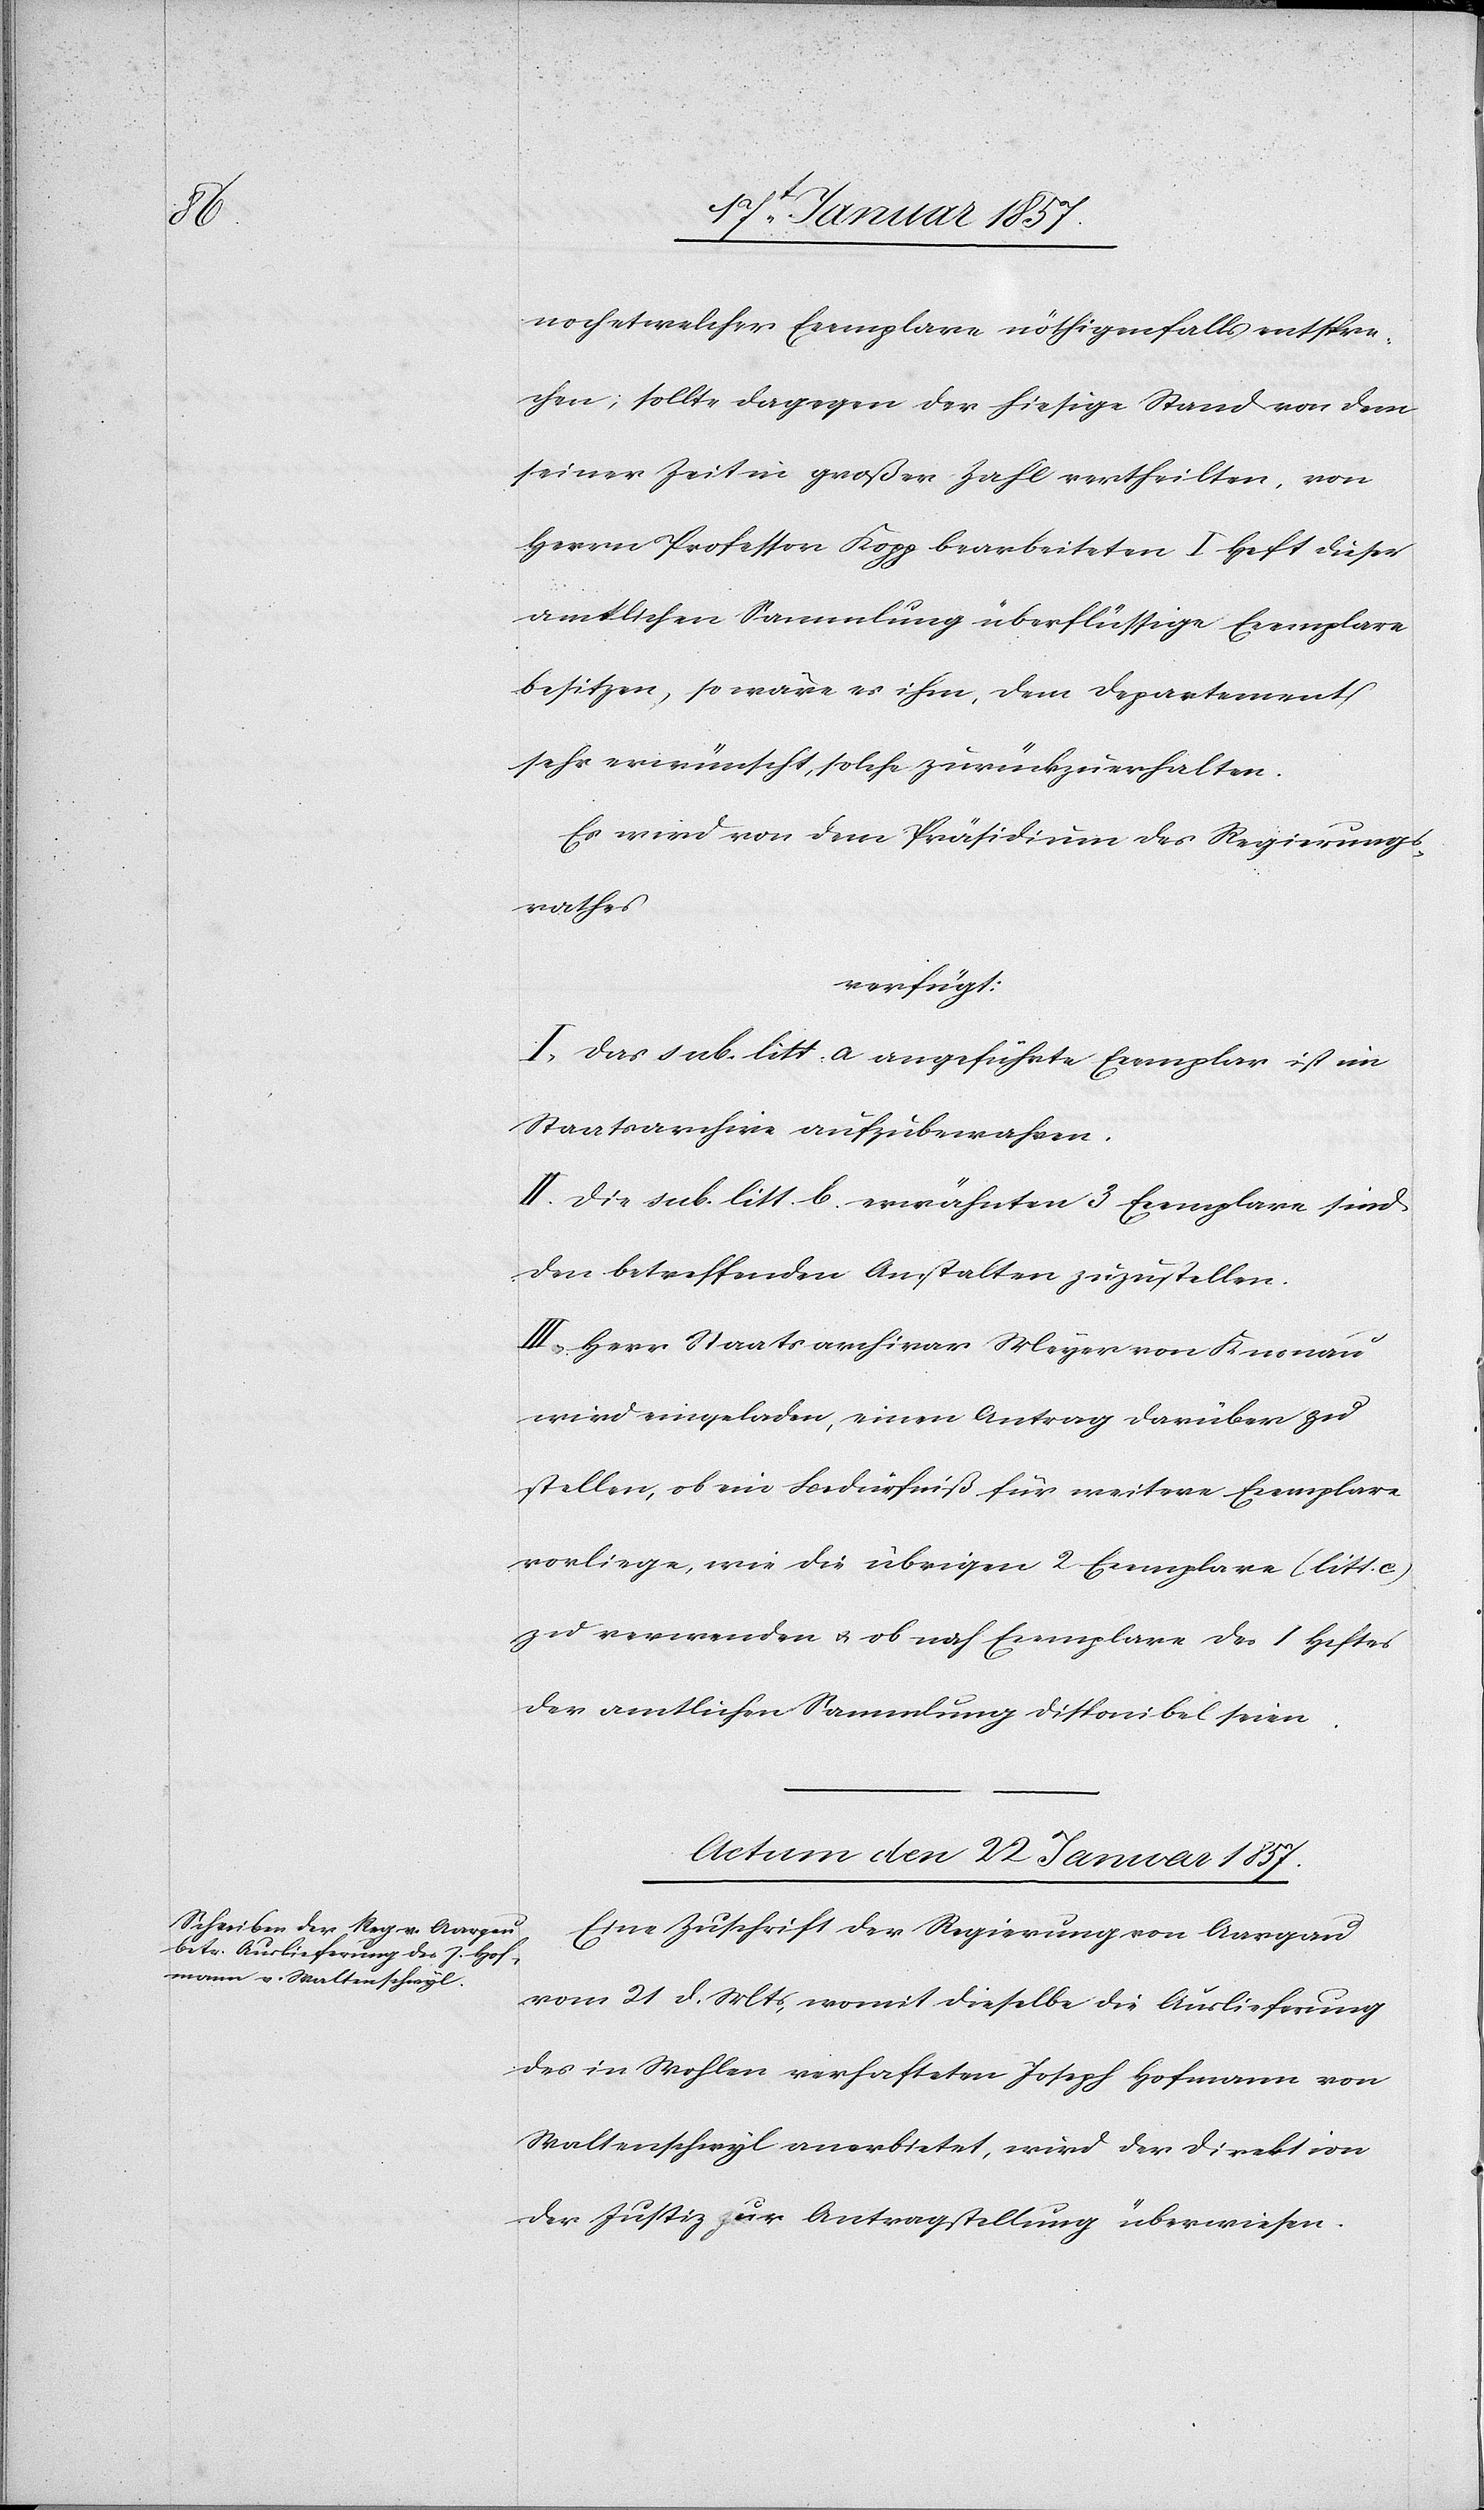
noch etwelcher Exemplare nöthigenfalls entspre¬
chen; sollte dagegen der hiesige Stand von dem
seiner Zeit in großer Zahl vertheilten, von
Herrn Professor Kopp bearbeiteten I Heft dieser
amtlichen Sammlung überflüssige Exemplare
besitzen, so wäre es ihm, dem Departement
sehr erwünscht, solche zurückzuerhalten.
Es wird von dem Präsidium des Regierungs¬
rathes
verfügt:
I. Das sub. litt. a angeführte Exemplar ist im
Staatsarchive aufzubewahren.
II. Die sub. litt. b erwähnten 3 Exemplare sind
den betreffenden Anstalten zuzustellen.
III. Herr Staatsarchivar Meyer von Knonau
wird eingeladen, einen Antrag darüber zu
stellen, ob ein Bedürfniß für weitere Exemplare
vorliege, wie die übrigen 2 Exemplare (litt. c)
zu verwenden & ob noch Exemplare des I Heftes
der amtlichen Sammlung disponibel seien.
Actum den 22 Januar 1875.
Eine Zuschrift der Regierung von Aargau
vom 21 d. Mts, womit dieselbe die Auslieferung
des in Wohlen verhafteten Joseph Hofmann von
Waltenschwyl anerbietet, wird der Direktion
der Justiz zur Antragstellung überwiesen.